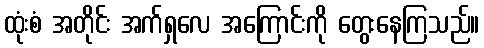
ထုံးစံ အတိုင်း အက်ရှလေ အကြောင်းကို တွေးနေကြသည်။